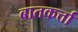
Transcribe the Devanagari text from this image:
बातकर्त्ता